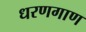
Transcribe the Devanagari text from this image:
धरणगाण